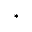
*